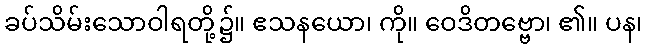
ခပ်သိမ်းသောဝါရတို့၌။ ဧသနယော၊ ကို။ ဝေဒိတဗ္ဗော၊ ၏။ ပန၊